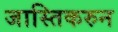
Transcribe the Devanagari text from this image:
जास्तिकरुन